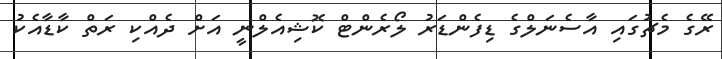
ރޭގެ މެޗުގައި އާސެނަލްގެ ޑިފެންޑަރު ލޯރެންޓް ކޮޝިއެލްނީ އަށް ދެއްކި ރަތް ކާޑާއެކު